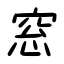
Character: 窓